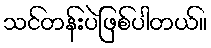
သင်တန်းပဲဖြစ်ပါတယ်။